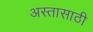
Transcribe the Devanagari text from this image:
अस्तासाठी